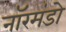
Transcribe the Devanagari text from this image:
नॉरमंडो